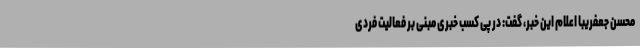
محسن جعفریبا اعلام این خبر، گفت: در پی کسب خبری مبنی بر فعالیت فردی